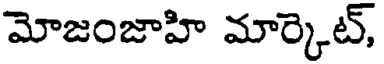
మోజంజాహి మార్కెట్,